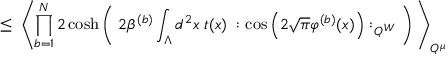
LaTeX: \leq \; \left\langle \prod _ { b = 1 } ^ { N } 2 \cosh \left( \; 2 \beta ^ { ( b ) } \int _ { \Lambda } d ^ { 2 } x \; t ( x ) \; : \cos \left( 2 \sqrt { \pi } \varphi ^ { ( b ) } ( x ) \right) : _ { Q ^ { W } } \; \right) \; \right\rangle _ { Q ^ { \mu } }